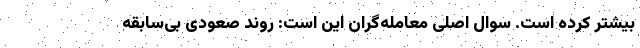
بیشتر کرده است. سوال اصلی معامله‌گران این است: روند صعودی بی‌سابقه